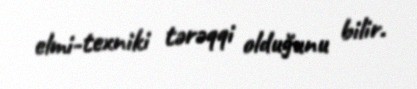
elmi-texniki tərəqqi olduğunu bilir.